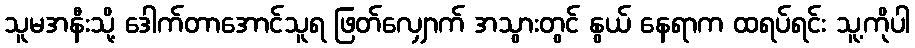
သူမအနီးသို့ ဒေါက်တာအောင်သူရ ဖြတ်လျှောက် အသွားတွင် နွယ် နေရာက ထရပ်ရင်း သူ့ကိုပါ